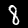
Label: 8